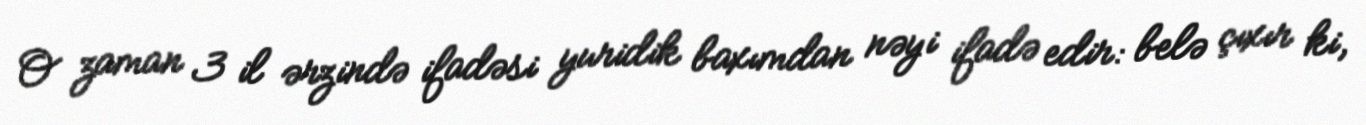
O zaman 3 il ərzində ifadəsi yuridik baxımdan nəyi ifadə edir: belə çıxır ki,